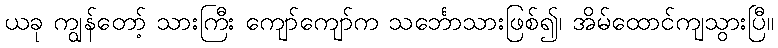
ယခု ကျွန်တော့် သားကြီး ကျော်ကျော်က သင်္ဘောသားဖြစ်၍၊ အိမ်ထောင်ကျသွားပြီ။